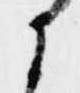
か